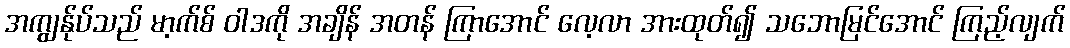
အကျွန်ုပ်သည် မာ့က်စ် ဝါဒကို အချိန် အတန် ကြာအောင် လေ့လာ အားထုတ်၍ သဘောမြင်အောင် ကြည့်လျက်